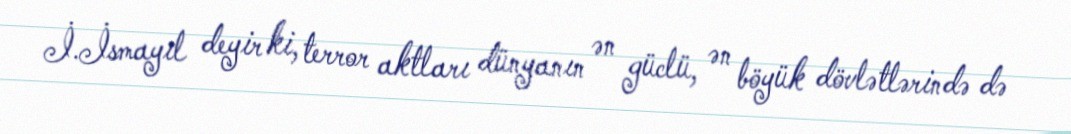
İ.İsmayıl deyir ki, terror aktları dünyanın ən güclü, ən böyük dövlətlərində də